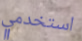
استخدمي